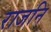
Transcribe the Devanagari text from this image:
राजनि